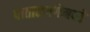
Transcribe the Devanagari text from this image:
पाताळगंगेमध्ये